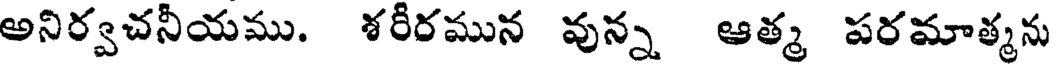
అనిర్వచనీయము. శరీరమున వున్న ఆత్మ పరమాత్మను